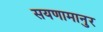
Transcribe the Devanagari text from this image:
सयणामानुर